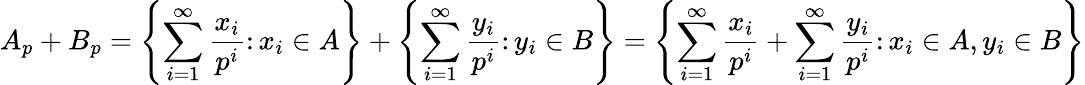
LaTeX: A_{p}+B_{p}=\left\{ \sum_{i=1}^{\infty}\frac{x_{i}}{p^{i}}\colon x_{i}\in A\right\} +\left\{ \sum_{i=1}^{\infty}\frac{y_{i}}{p^{i}}\colon y_{i}\in B\right\} =\left\{ \sum_{i=1}^{\infty}\frac{x_{i}}{p^{i}}+\sum_{i=1}^{\infty}\frac{y_{i}}{p^{i}}\colon x_{i}\in A,y_{i}\in B\right\}